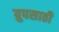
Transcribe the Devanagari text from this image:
ग्रुपसाठी